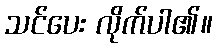
သင်ပေး လိုက်ပါ၏။